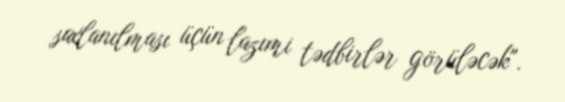
saxlanılması üçün lazımi tədbirlər görüləcək".